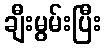
ချီးမွမ်းပြီး